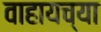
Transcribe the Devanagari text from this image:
वाहायच्या